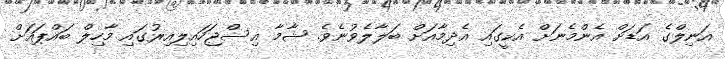
އަނިލްގެ އަޑަށް އެންމެނަށް އެކީގައި އެދިމާއަށް ބަލާލެވުނެވެ. ޝާމާ އިސްޖަހައިލިއިރުގައި މާހިލް ބައްޕައަށް